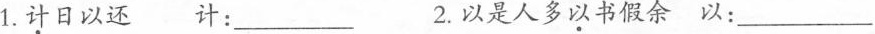
1.计日以还 计：___ 2.以是人多以书假余 以：___